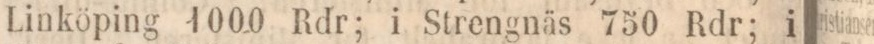
Linköping 1000 Rdr; i Strengnäs 750 Rdr; i